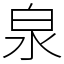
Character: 泉